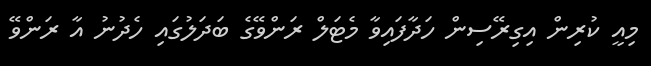
މިއީ ކުރިން އިގިރޭސިން ހަދާފައިވާ މެޓަލް ރަންވޭގެ ބަދަލުގައި ހެދުނު އާ ރަންވޭ